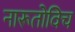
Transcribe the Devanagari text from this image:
नारूतोविच